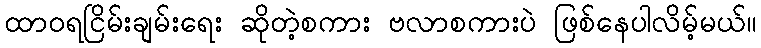
ထာဝရငြိမ်းချမ်းရေး ဆိုတဲ့စကား ဗလာစကားပဲ ဖြစ်နေပါလိမ့်မယ်။